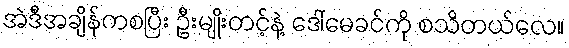
အဲဒီအချိန်ကစပြီး ဦးမျိုးတင့်နဲ့ ဒေါ်မေခင်ကို စသိတယ်လေ။